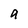
Character: q